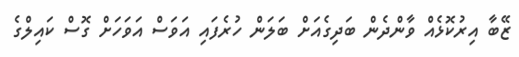
ޒޭބާ އިރުކޮޅެއް ވާންދެން ބަދިގެއަށް ބަލަން ހުރެފައި އަވަސް އަވަހަށް ގޮސް ކައިލްގެ